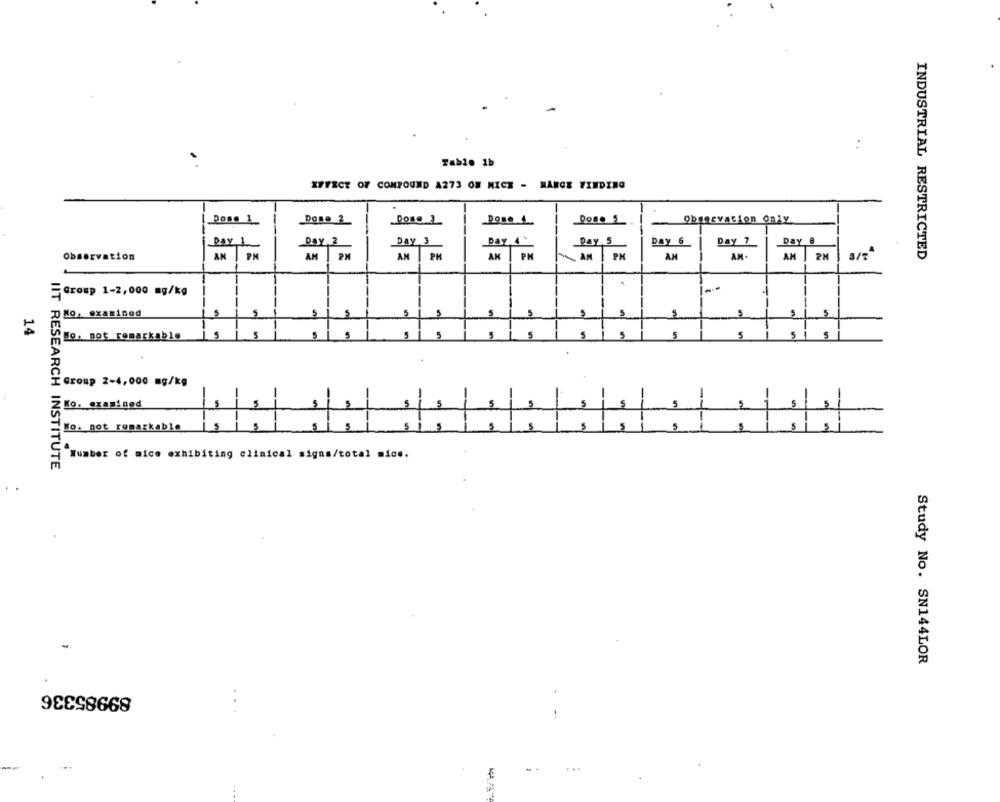
:
Tablo 1b
EFFECT OF COMPOUND A273 OM MICE - RANGE FINDING
Done 1
Dose 2
Dose 4
Done 5
Observation Only
DAY 2
Day 3
Day 4 %
Day 5
Day 6
Day 7
Day @
Observation
AN
AM PM
AN PM
AN
PH
AN
PK
AM
AN-
AM | PH
INDUSTRIAL RESTRICTED
Group 1-2,000 mg/kg
D No, examined
5
5
14
Wo. not remarkable
is
5
5
5
5
5
5
5
Group 2-4,000 mg/kg
Z Mo. examined
Wo. not remarkable
1:
5
1:1
: 1:
Number of mice exhibiting clinical signs/total mice.
IIT RESEARCH INSTITUTE
Study No. SN144LOR
89985336
+